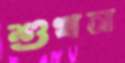
শুখন